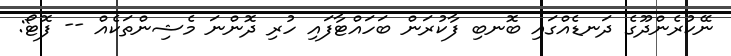
ނޭކުރެންދޫގެ ދަނޑެއްގައި ބޮނބި ފާކުރަން ބަހައްޓާފައި ހުރި ދޮންނަ މެޝިންތަކެއް -- ފޮޓޯ: